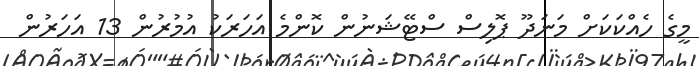
މީގެ ހެއްކަކަށް މަނަދޫ ޕޮލިސް ސްޓޭޝަނުން ކޮންމެ އަހަރަކު އުމުރުން 13 އަހަރުން